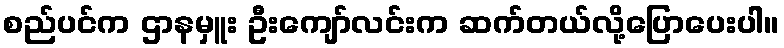
စည်ပင်က ဌာနမှူး ဦးကျော်လင်းက ဆက်တယ်လို့ပြောပေးပါ။